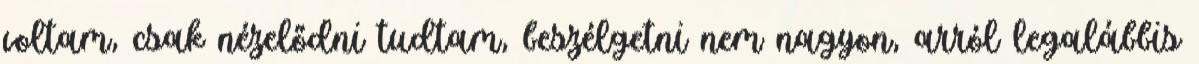
voltam, csak nézelődni tudtam, beszélgetni nem nagyon, arról legalábbis